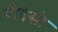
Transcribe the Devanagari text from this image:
वीदेसो